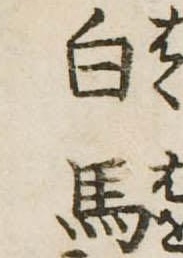
白馬